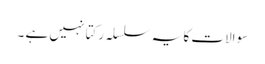
سوالات کا یہ سلسلہ رکتا نہیں ہے ۔